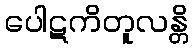
ပေါဋကိတူလန္တိ